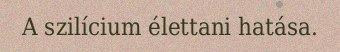
A szilícium élettani hatása.